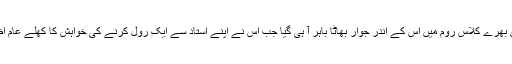
لیکن ایک دن بھرے کلاس روم میں اس کے اندر جوار بھاٹا باہر آ ہی گیا جب اس نے اپنے استاد سے ایک رول کرنے کی خواہش کا کھلے عام اظہار کر دیا ۔